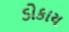
ડોકાય